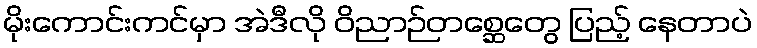
မိုးကောင်းကင်မှာ အဲဒီလို ဝိညာဉ်တစ္ဆေတွေ ပြည့် နေတာပဲ